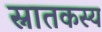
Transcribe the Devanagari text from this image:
स्नातकस्य